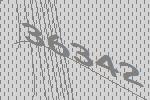
36342